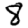
Digit: 8